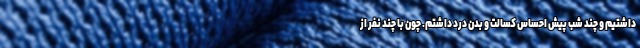
داشتیم و چند شب پیش احساس کسالت و بدن درد داشتم. چون با چند نفر از